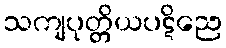
သကျပုတ္တိယပဋိညေ